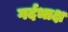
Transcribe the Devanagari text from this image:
गर्दभाक्ष